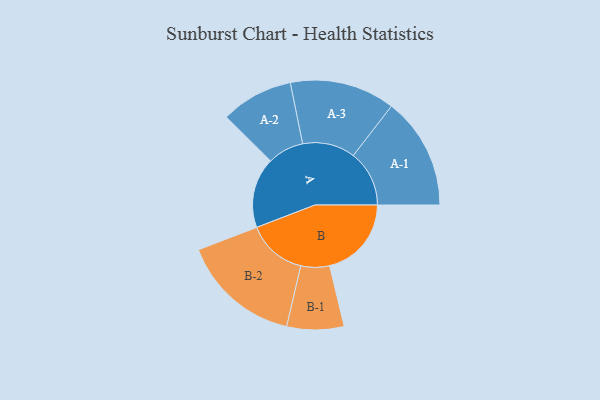
{"axis": {"x": "Segment", "y": "Value"}, "legend": ["", "A", "B"], "data": [{"x": "A", "y": 313, "type": ""}, {"x": "B", "y": 364, "type": ""}, {"x": "A-1", "y": 249, "type": "A"}, {"x": "A-2", "y": 161, "type": "A"}, {"x": "A-3", "y": 234, "type": "A"}, {"x": "B-1", "y": 127, "type": "B"}, {"x": "B-2", "y": 266, "type": "B"}]}